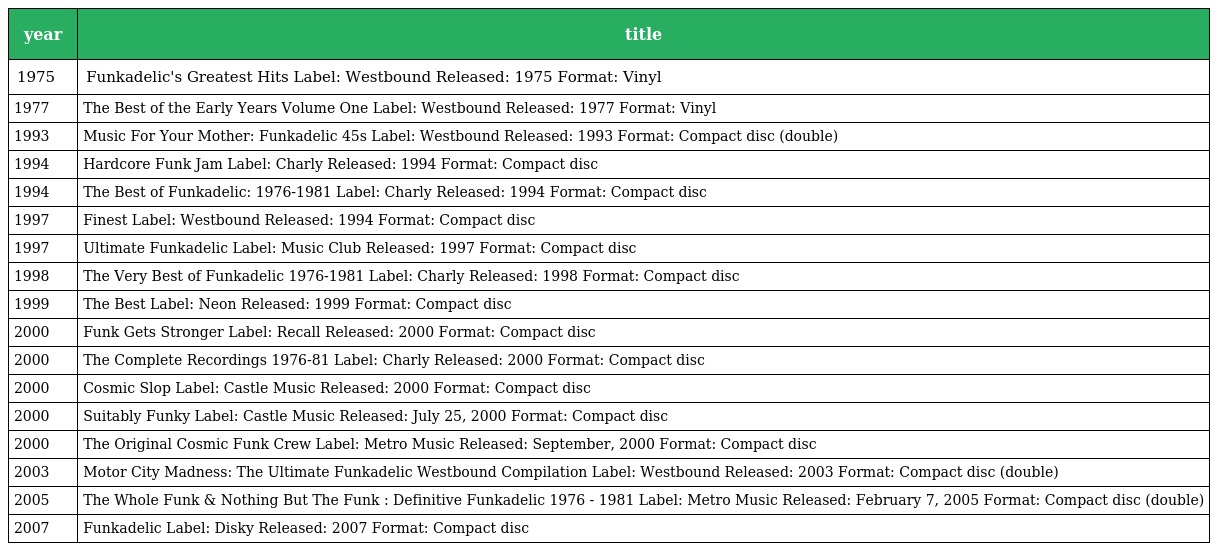
| year | title |
 | --- | --- |
 | 1975 | Funkadelic's Greatest Hits Label: Westbound Released: 1975 Format: Vinyl |
 | 1977 | The Best of the Early Years Volume One Label: Westbound Released: 1977 Format: Vinyl |
 | 1993 | Music For Your Mother: Funkadelic 45s Label: Westbound Released: 1993 Format: Compact disc (double) |
 | 1994 | Hardcore Funk Jam Label: Charly Released: 1994 Format: Compact disc |
 | 1994 | The Best of Funkadelic: 1976-1981 Label: Charly Released: 1994 Format: Compact disc |
 | 1997 | Finest Label: Westbound Released: 1994 Format: Compact disc |
 | 1997 | Ultimate Funkadelic Label: Music Club Released: 1997 Format: Compact disc |
 | 1998 | The Very Best of Funkadelic 1976-1981 Label: Charly Released: 1998 Format: Compact disc |
 | 1999 | The Best Label: Neon Released: 1999 Format: Compact disc |
 | 2000 | Funk Gets Stronger Label: Recall Released: 2000 Format: Compact disc |
 | 2000 | The Complete Recordings 1976-81 Label: Charly Released: 2000 Format: Compact disc |
 | 2000 | Cosmic Slop Label: Castle Music Released: 2000 Format: Compact disc |
 | 2000 | Suitably Funky Label: Castle Music Released: July 25, 2000 Format: Compact disc |
 | 2000 | The Original Cosmic Funk Crew Label: Metro Music Released: September, 2000 Format: Compact disc |
 | 2003 | Motor City Madness: The Ultimate Funkadelic Westbound Compilation Label: Westbound Released: 2003 Format: Compact disc (double) |
 | 2005 | The Whole Funk & Nothing But The Funk : Definitive Funkadelic 1976 - 1981 Label: Metro Music Released: February 7, 2005 Format: Compact disc (double) |
 | 2007 | Funkadelic Label: Disky Released: 2007 Format: Compact disc |